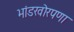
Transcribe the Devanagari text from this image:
भांडखोरपणा